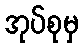
အုပ်စုမှ